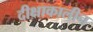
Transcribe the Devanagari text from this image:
दीक्षाकालीन